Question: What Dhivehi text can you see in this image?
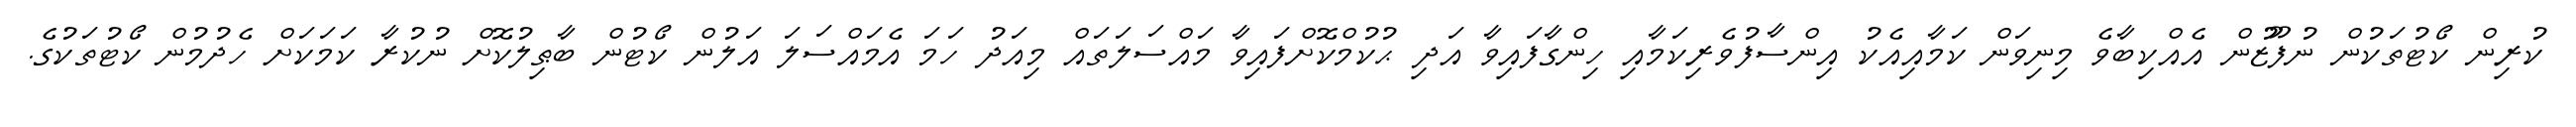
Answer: ކުރިން ކޯޓުތަކުން ނުފޫޒުން އެއްކިބާވެ މިނިވަން ކަމާއިއެކު އިންސާފުވެރިކަމާއި ހިންގާފައިވާ އަދި ޙުކުމްކޮށްފައިވާ މައްސަލަތައް މިއަދު ހަމަ އެމައްސަލަ އަލުން ކޯޓުން ބާޠިލުކޮށް ނުކުރާ ކަމަކަށް ހެދުމުން ކޯޓުތަކުގެ.